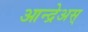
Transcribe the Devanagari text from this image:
आन्द्रेअस्